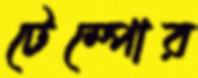
টেম্পোর